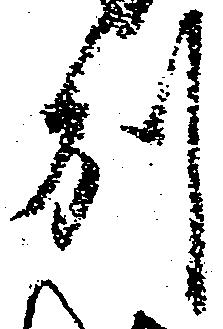
州